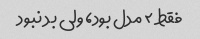
فقط ۲ مدل بود، ولی بد نبود